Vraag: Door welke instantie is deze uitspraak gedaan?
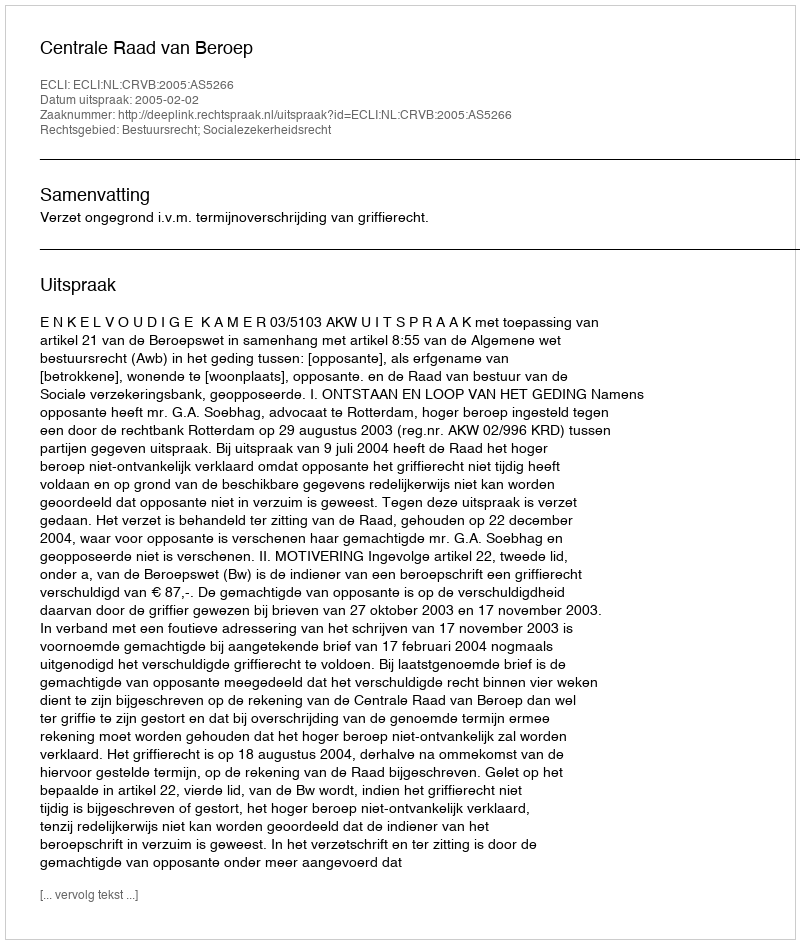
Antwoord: Centrale Raad van Beroep